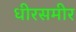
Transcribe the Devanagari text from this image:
धीरसमीर